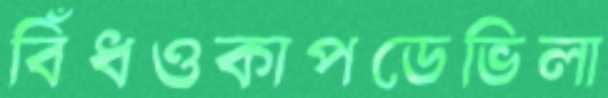
বিঁধওকাপডেভিলা